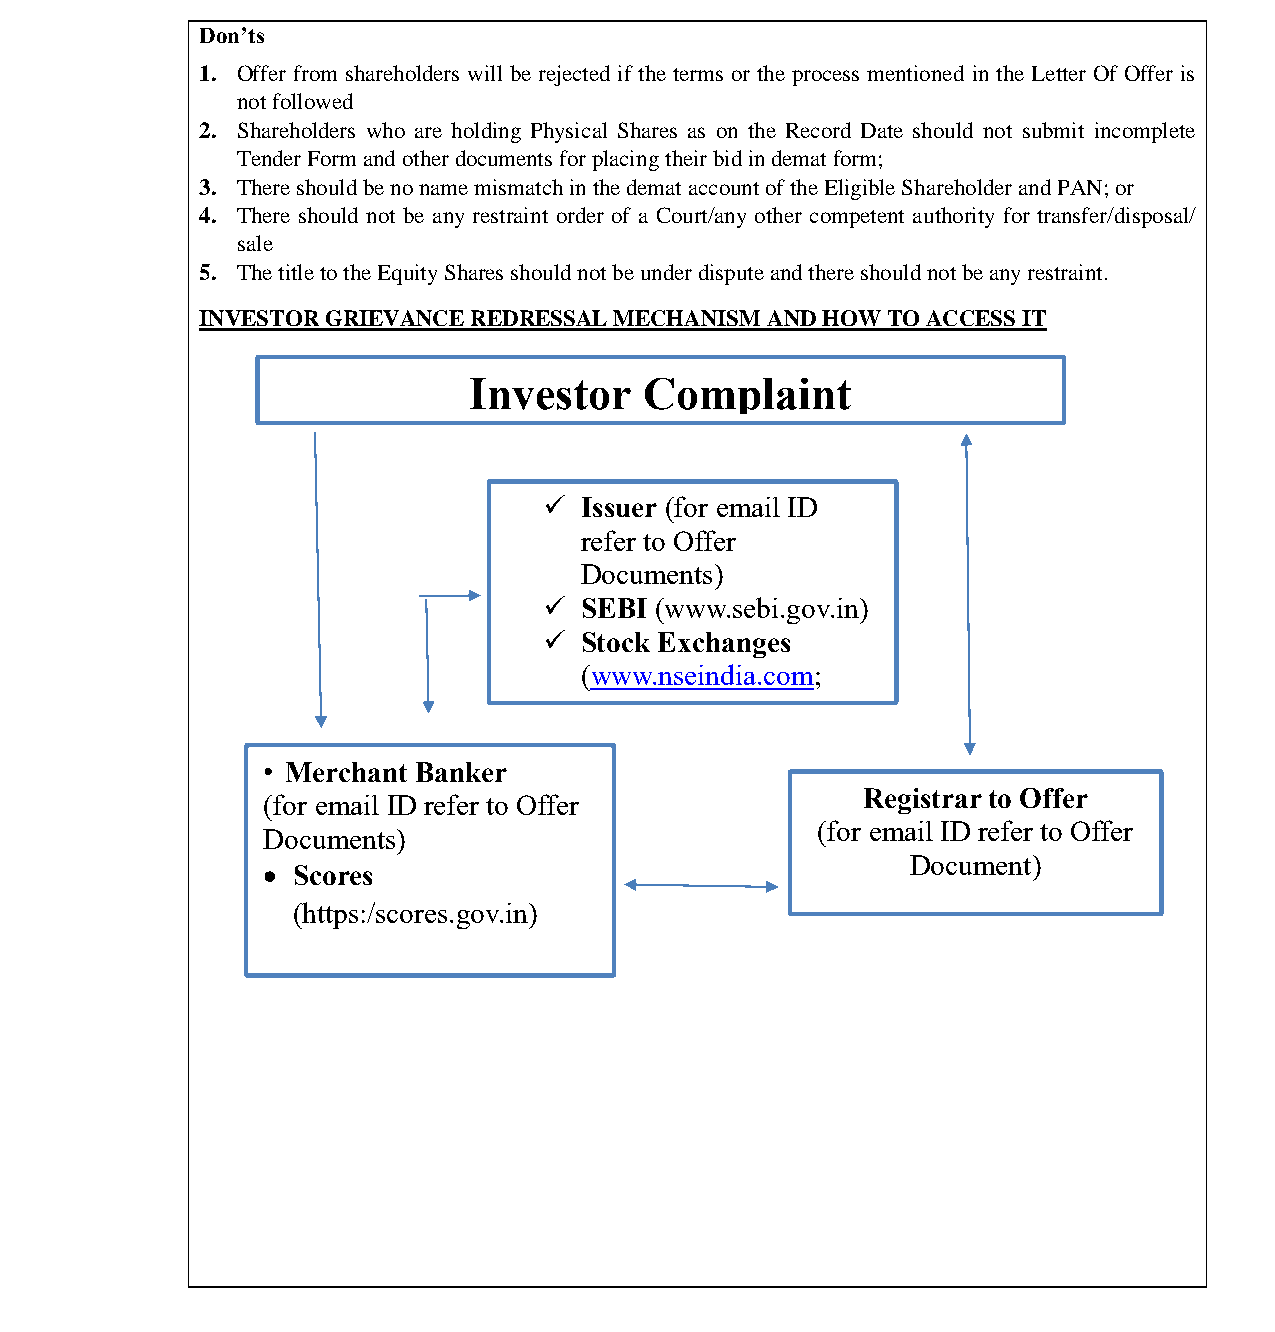
भारतीयप्रततभूततऔरवितिमयबोर्ड
 Securities and Exchange Board of India
 Don’ts
 1. Offer from shareholders will be rejected if the terms or the process mentioned in the Letter Of Offer is
 not followed
 2. Shareholders who are holding Physical Shares as on the Record Date should not submit incomplete
 Tender Form and other documents for placing their bid in demat form;
 3. There should be no name mismatch in the demat account of the Eligible Shareholder and PAN; or
 4. There should not be any restraint order of a Court/any other competent authority for transfer/disposal/
 sale
 5. The title to the Equity Shares should not be under dispute and there should not be any restraint.
 INVESTOR GRIEVANCE REDRESSAL MECHANISM AND HOW TO ACCESS IT
 Investor    Complaint
  Issuer (for email ID
 refer to Offer
 Documents)
  SEBI (www.sebi.gov.in)
  Stock Exchanges
 (www.nseindia.com;
 www.bseindia.com)
 • Merchant Banker
 Registrar to Offer
 (for email ID refer to Offer
 (for email ID refer to Offer
 Documents)
 Document)
  Scores
 (https:/scores.gov.in)
 •  Scores
 (https:/scores.gov.in)
 Page 48 of 52